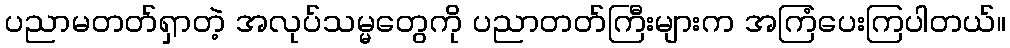
ပညာမတတ်ရှာတဲ့ အလုပ်သမ္မတွေကို ပညာတတ်ကြီးများက အကြံပေးကြပါတယ်။